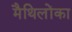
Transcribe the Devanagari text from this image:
मैथिलोंका